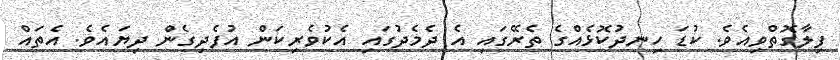
ފިލާގޮތްވިއެވެ. ކުޑަ ހިނދުކޮޅެއްގެ ތެރޭގައި އެ ދެމެދުގައި އެކުވެރިކަން އުފެދިގެން ދިޔައެވެ. އެތައް